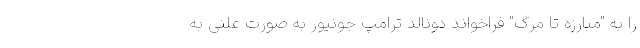
را به "مبارزه تا مرگ" فراخواند دونالد ترامپ جونیور به صورت علنی به